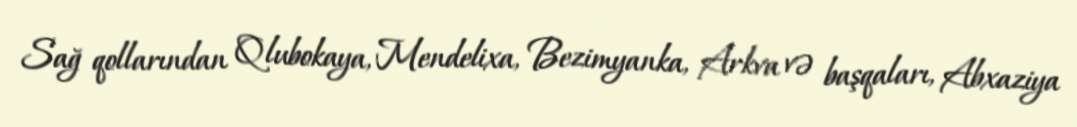
Sağ qollarından Qlubokaya, Mendelixa, Bezimyanka, Arkva və başqaları, Abxaziya